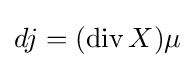
dj=(\operatorname {div} X)\mu